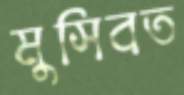
মুসিবত